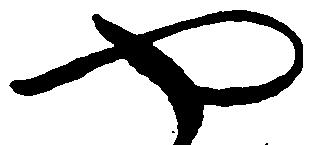
や